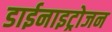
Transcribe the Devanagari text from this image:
डाईनाइट्रोजन